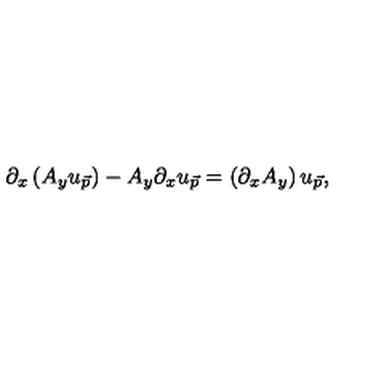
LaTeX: \partial _ { x } \left( A _ { y } u _ { \vec { p } } \right) - A _ { y } \partial _ { x } u _ { \vec { p } } = \left( \partial _ { x } A _ { y } \right) u _ { \vec { p } } ,